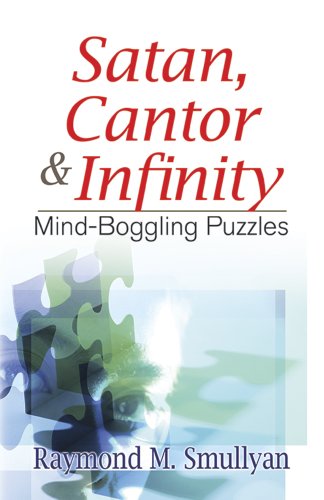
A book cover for Satan, Cantor and Infinity: Mind-Boggling Puzzles (Dover Recreational Math); Raymond M. Smullyan; Humor & Entertainment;